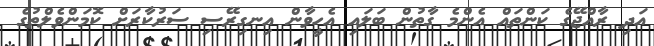
އަދި ރާއްޖޭގެ ކަންތައް އެންމެ ގާތުން ބަލައި އެހީވާން އިނގިރޭސި ސަރުކާރަށް ކޮމަންވެލްތުގެ